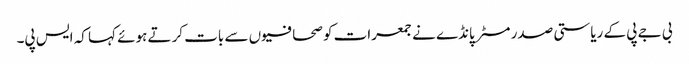
بی جے پی کے ریاستی صدر مسٹر پانڈے نے جمعرات کو صحافیوں سے بات کرتے ہوئے کہا کہ ایس پی۔